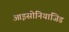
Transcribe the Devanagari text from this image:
आइसोनियाजिड